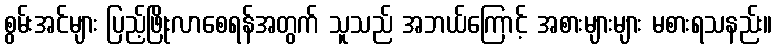
စွမ်းအင်များ ပြည့်ဖြိုးလာစေရန်အတွက် သူသည် အဘယ်ကြောင့် အစားများများ မစားရသနည်း။